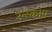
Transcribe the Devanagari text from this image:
उन्स्कोप